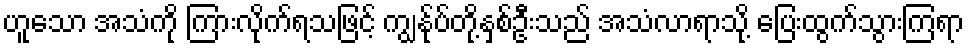
ဟူသော အသံကို ကြားလိုက်ရသဖြင့် ကျွန်ုပ်တို့နှစ်ဦးသည် အသံလာရာသို့ ပြေးထွက်သွားကြရာ